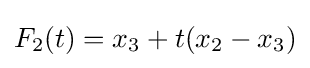
F_{2}(t)=x_{3}+t(x_{2}-x_{3})